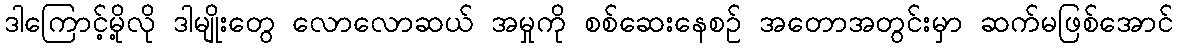
ဒါကြောင့်မို့လို ဒါမျိုးတွေ လောလောဆယ် အမှုကို စစ်ဆေးနေစဉ် အတောအတွင်းမှာ ဆက်မဖြစ်အောင်